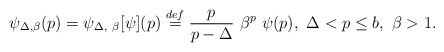
\begin{align*} \psi_{\Delta, \beta}(p) = \psi_{\Delta, \ \beta}[\psi](p) \stackrel{def}{=} \frac{p}{p - \Delta} \ \beta^p \ \psi(p), \ \Delta < p \le b, \ \beta > 1.\end{align*}